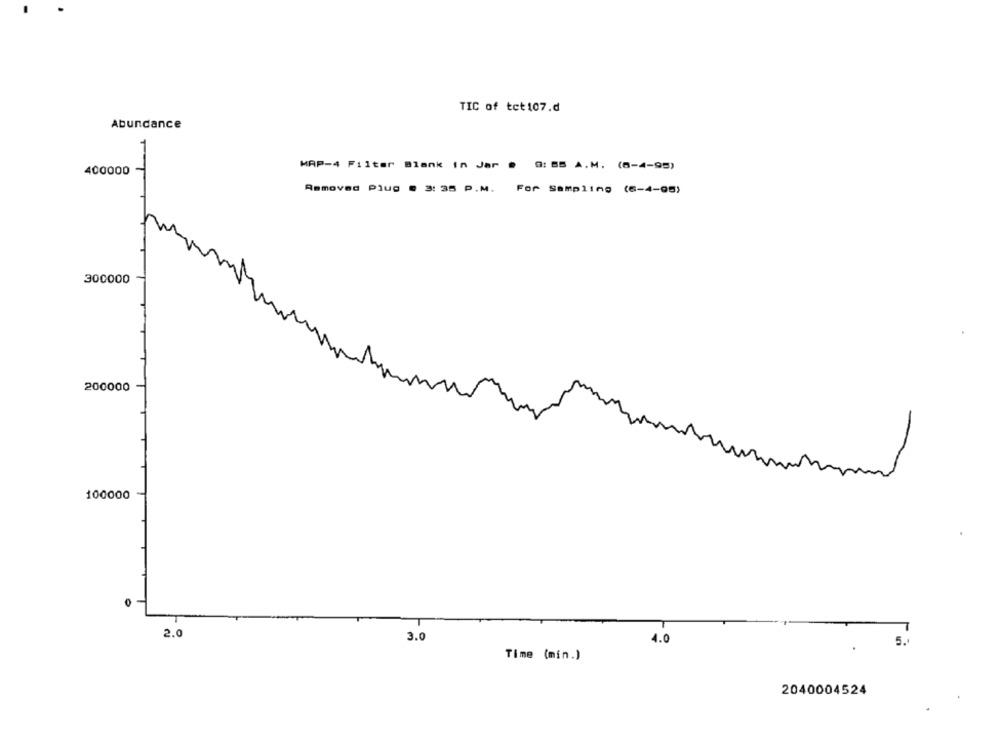
TIC of tet107.d
Abundance
MAP-4 Filter Blank in Jar
400000
. 9: 55 A.M. (6-4-95)
Removed Plug @ 3: 35 P.M.
For Sampling (6-4-05)
300000
200000
100000
2.0
3.0
4.0
Time (min.)
2040004524